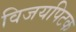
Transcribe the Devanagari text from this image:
विजयपिटक